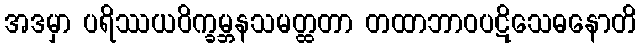
အဒမှာ ပရိဿယဝိက္ခမ္ဘနသမတ္ထတာ တထာဘာဝပဋိသေဓနောတိ